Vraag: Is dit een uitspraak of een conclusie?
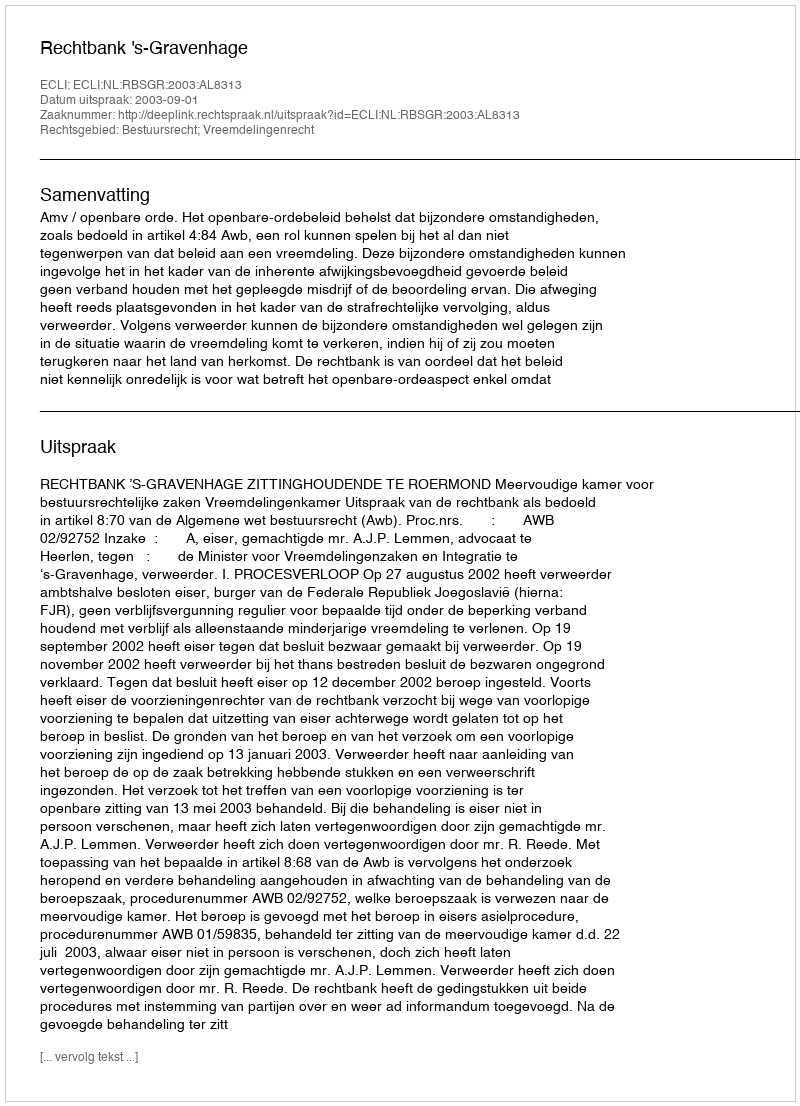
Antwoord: Uitspraak